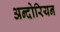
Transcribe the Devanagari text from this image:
अन्दोरियन